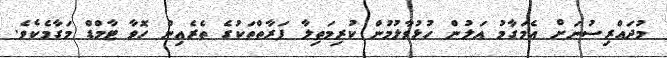
މުދައްރިސުނަށް އެމަގާމު އަލުން ހުޅުވާލުމުން ކުރިމަތިލާ ފަރާތްތަކުގެ ތެރެއިން ހޮވާ ޓާމްޑް މަގާމެކެވެ.